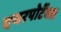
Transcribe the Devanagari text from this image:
एयरपोर्टेबल